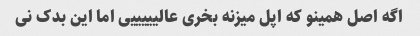
اگه اصل همینو که اپل میزنه بخری عالیییییی اما این بدک نی